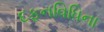
દફનવિધિના